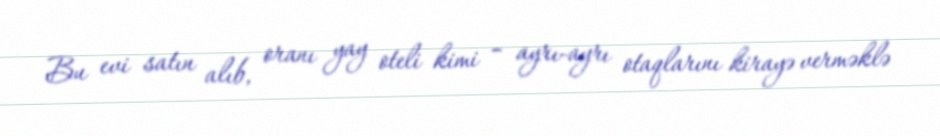
Bu evi satın alıb, oranı yay oteli kimi – ayrı-ayrı otaqlarını kirayə verməklə